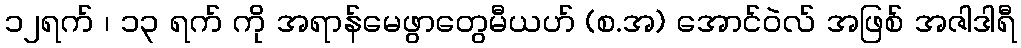
၁၂ရက် ၊ ၁၃ ရက် ကို အရာန်မေဖွာတွေမီယဟ် (စ.အ) အောင်ဝဲလ် အဖြစ် အဇါဒါရီ